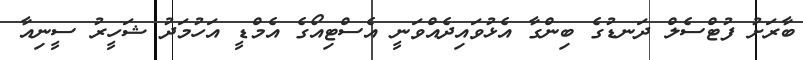
ބާރަށު ފުޓްސެލް ދަނޑުގެ ބިންގާ އެޅުވައިދެއްވަނީ އެސްޓިއޯގެ އެމްޑީ އަހުމަދު ޝަހީރު ސީނިއާ